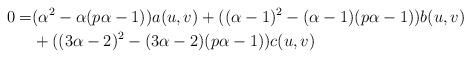
LaTeX: \begin{align*}0=&(\alpha^{2}-\alpha(p\alpha-1))a(u,v)+((\alpha-1)^{2}-(\alpha-1)(p\alpha-1))b(u,v)\\&+((3\alpha-2)^{2}-(3\alpha-2)(p\alpha-1))c(u,v)\end{align*}